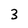
Character: 3